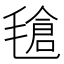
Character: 𣯙